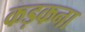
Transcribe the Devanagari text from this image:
कड़कना